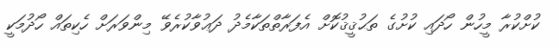
ކުށްކުރާ މީހުން ހޯދައި ކުށުގެ ތަޙުޤީޤުކޮށް އެފަރާތްތަކާމެދު ދަޢުވާކުރެވޭ މިންވަރަށް ހެކިތައް ހޯދުމަކީ